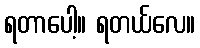
ရတာပေါ့။ ရတယ်လေ။